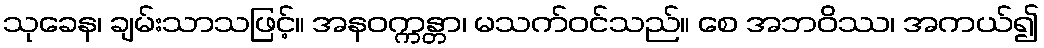
သုခေန၊ ချမ်းသာသဖြင့်။ အနဝက္ကန္တာ၊ မသက်ဝင်သည်။ စေ အဘဝိဿ၊ အကယ်၍